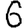
Digit: 6